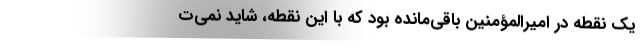
یک نقطه در امیرالمؤمنین باقی‌مانده بود که با این نقطه، شاید نمی‌ت